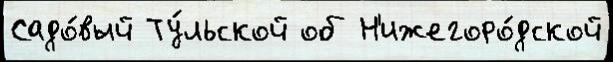
Садо́вый Ту́льской об Н'ижегоро́дской